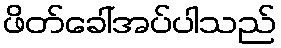
ဖိတ်ခေါ်အပ်ပါသည်